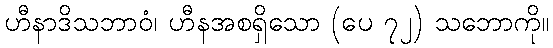
ဟီနာဒိသဘာဝံ၊ ဟီနအစရှိသော (ပေ ၇၂) သဘောကို။